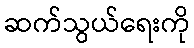
ဆက်သွယ်ရေးကို